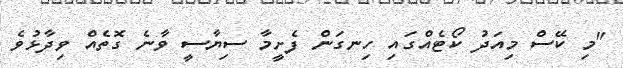
"މި ކޭސް މިއަދު ކޯޓެއްގައި ހިނގަން ފެށީމާ ސިޔާސީ ވާނެ ގޮތެއް ވިދާޅުވެ